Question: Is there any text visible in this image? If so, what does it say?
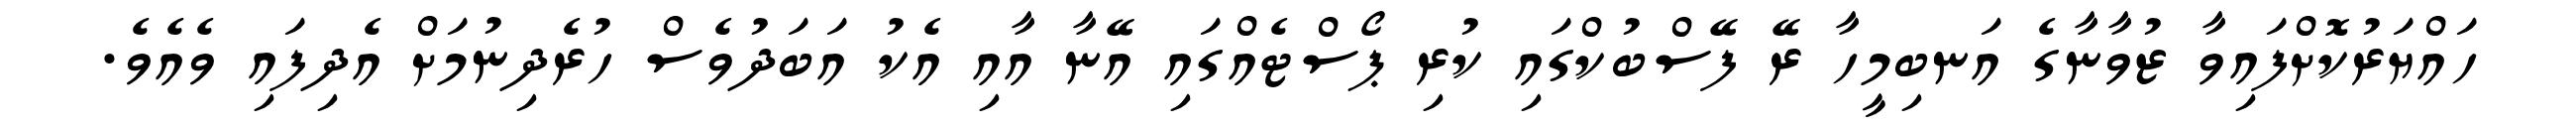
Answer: ހައްޔަރުކޮށްފައިވާ ޒުވާނާގެ އަނބިމީހާ ރޭ ފޭސްބުކްގައި ކުރި ޕޯސްޓެއްގައި އޭނާ އާއި އެކު އަބަދުވެސް ހުރެދިނުމަށް އެދިފައި ވެއެވެ.